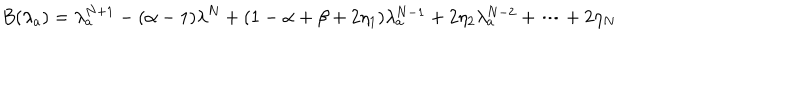
B ( \lambda _ { a } ) = \lambda _ { a } ^ { N + 1 } - ( \alpha - 1 ) \lambda ^ { N } + ( 1 - \alpha + \beta + 2 \eta _ { 1 } ) \lambda _ { a } ^ { N - 1 } + 2 \eta _ { 2 } \lambda _ { a } ^ { N - 2 } + \dots + 2 \eta _ { N }